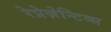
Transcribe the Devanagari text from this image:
रेप्रेज़ेन्टिव्स